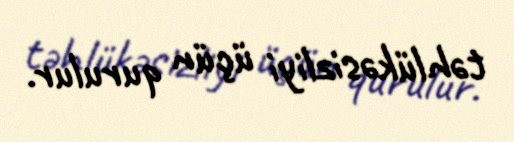
təhlükəsizliyi üçün qurulur.